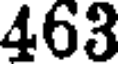
463